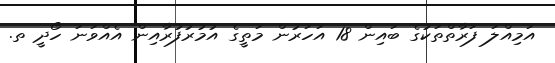
އަމިއްލަ ފަރާތްތަކުގެ ބައިން 18 އަހަރުން މަތީގެ އުމުރުފުރާއިން އެއްވަނަ ހޯދީ ތ.